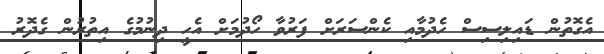
އެގޮތުން ޑައިލިސިސް ހެދުމާއި ކެންސަރަށް ފަރުވާ ހޯދުމަށް އެހީ ދިނުމުގެ އިތުރުން ގެދޮރު